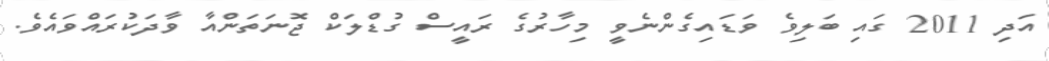
އަދި 2011 ގައި ބަލިވެ ވަޑައިގެންނެވީ މިހާރުގެ ރައީސް ގުޑްލަކް ޖޮނަތަންއާ ވާދަކުރައްވައެވެ.